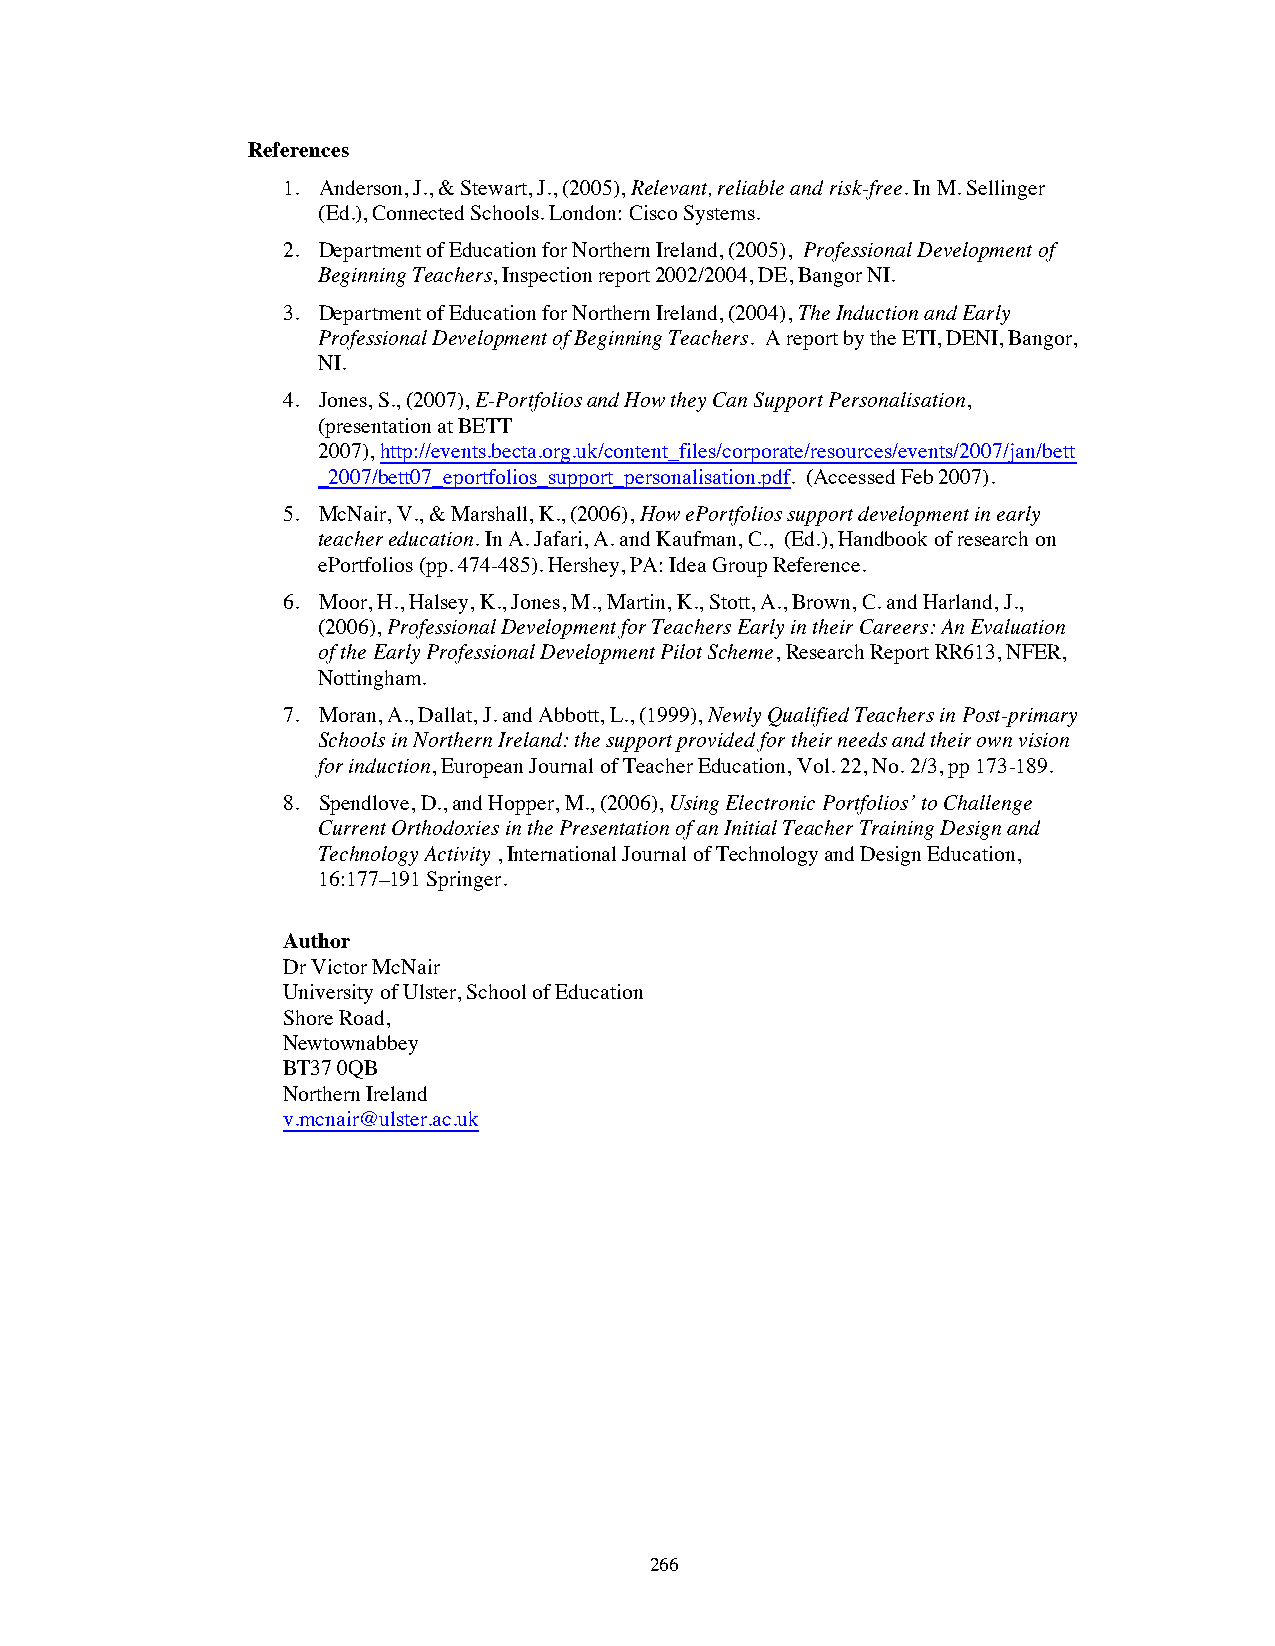
References
 1. Anderson, J., & Stewart, J., (2005),Relevant, reliable and risk-free. In M. Sellinger
 (Ed.), Connected Schools. London: Cisco Systems.
 2. Department of Education for Northern Ireland, (2005), Professional Development of
 Beginning Teachers, Inspection report 2002/2004, DE, Bangor NI.
 3. Department of Education for Northern Ireland, (2004),TheInduction and Early
 Professional Development of Beginning Teachers. A report by the ETI, DENI, Bangor,
 NI.
 4. Jones, S., (2007),E-Portfolios and How they Can Support Personalisation,
 (presentation at BETT
 2007),.http://events.becta.org.uk/content_files/corporate/resources/events/2007/jan/bett
 _2007/bett07_eportfolios_support_personalisation.pdf. (Accessed Feb 2007).
 5. McNair, V., & Marshall, K., (2006),How ePortfolios support development in early
 teacher education. In A. Jafari, A. and Kaufman, C., (Ed.), Handbook of research on
 ePortfolios (pp. 474-485). Hershey, PA: Idea Group Reference.
 6. Moor, H., Halsey, K., Jones, M., Martin, K., Stott, A., Brown, C. and Harland, J.,
 (2006),Professional Development for Teachers Early in their Careers: An Evaluation
 of the Early Professional Development Pilot Scheme,Research Report RR613, NFER,
 Nottingham.
 7. Moran, A., Dallat, J. and Abbott, L., (1999),Newly Qualified Teachers in Post-primary
 Schools in Northern Ireland: the support provided for their needs and their own vision
 for induction, European Journal of Teacher Education, Vol. 22, No. 2/3, pp 173-189.
 8. Spendlove, D., and Hopper, M., (2006),Using Electronic Portfolios’ to Challenge
 Current Orthodoxies in the Presentation of an Initial Teacher Training Design and
 Technology Activity , International Journal of Technology and Design Education,
 16:177–191 Springer.
 Author
 Dr Victor McNair
 University of Ulster, School of Education
 Shore Road,
 Newtownabbey
 BT37 0QB
 Northern Ireland
 v.mcnair@ulster.ac.uk
 266